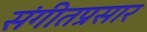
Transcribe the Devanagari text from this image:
संगीतप्रसार